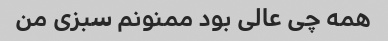
همه چی عالی بود ممنونم سبزی من